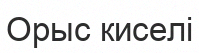
Орыс киселі